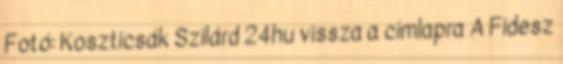
Fotó: Koszticsák Szilárd 24hu vissza a címlapra A Fidesz